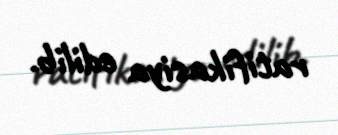
ratifikasiya edilib.